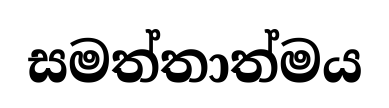
සමත්තාත්මය